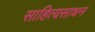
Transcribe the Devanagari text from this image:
साहित्यसाधन